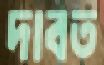
দাবত